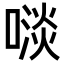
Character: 𠻪